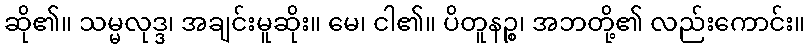
ဆို၏။ သမ္မလုဒ္ဒ၊ အချင်းမူဆိုး။ မေ၊ ငါ၏။ ပိတူနဉ္စ၊ အဘတို့၏ လည်းကောင်း။